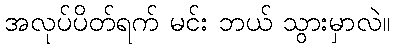
အလုပ်ပိတ်ရက် မင်း ဘယ် သွားမှာလဲ။